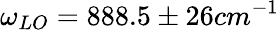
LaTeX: \omega_{LO}=888.5\pm 26cm^{-1}